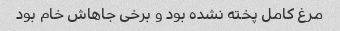
مرغ کامل پخته نشده بود و برخی جاهاش خام بود